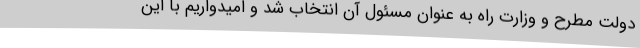
دولت مطرح و وزارت راه به عنوان مسئول آن انتخاب شد و امیدواریم با این